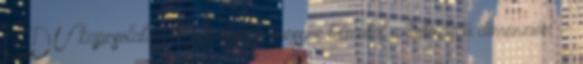
CDU kapcsolatainak jelentősége messze túlmutat a kétoldalú dimenzión" -